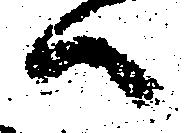
ハ